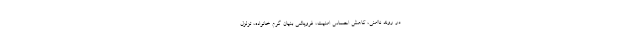
در روند ناامنی، کاهش احساس امنیت، فروپاشی بنیان گرم خانواده، تزلزل